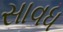
સાવધ